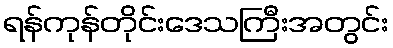
ရန်ကုန်တိုင်းဒေသကြီးအတွင်း